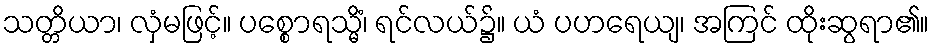
သတ္တိယာ၊ လှံမဖြင့်။ ပစ္စောရသ္မိံ၊ ရင်လယ်၌။ ယံ ပဟရေယျ၊ အကြင် ထိုးဆွရာ၏။